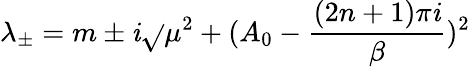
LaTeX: \lambda_{\pm}=m\pm\mathit{i}\sqrt{}{{\mu^{2}+(A_{0}-\frac{{(2n+1)\pi\mathit{i}}}{{\beta}})^{2}}}